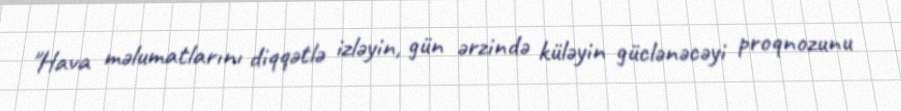
"Hava məlumatlarını diqqətlə izləyin, gün ərzində küləyin güclənəcəyi proqnozunu